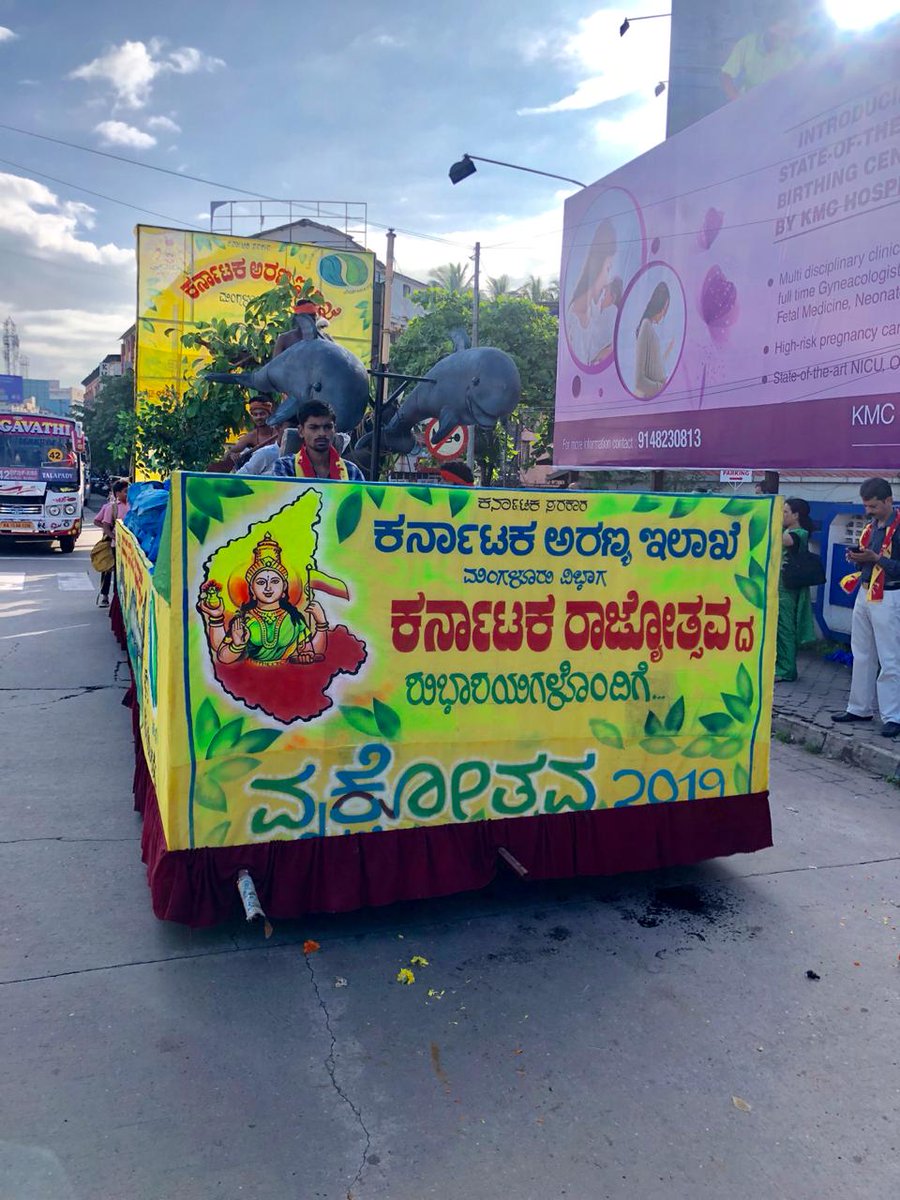
Language: kannada
Transcription: ಸರಕಾರ ಮಂಗಳೂರು ಶುಭಾಶಯಗಳೊಂದಿಗೆ ಕರ್ನಾಟಕ ಕರ್ನಾಟಕ ರಾಜ್ಯೋತ್ಸವ ದ ಕರ್ನಾಟಕ ಇಲಾಖೆ ಅರಣ್ಯ ವಿಭಾಗ